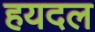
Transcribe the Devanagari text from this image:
हयदल